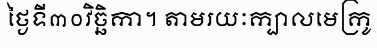
ថ្ងៃទី៣០វិច្ឆិកា។ តាមរយៈក្បាលមេក្រូ